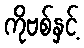
ကိုဗစ်နှင့်